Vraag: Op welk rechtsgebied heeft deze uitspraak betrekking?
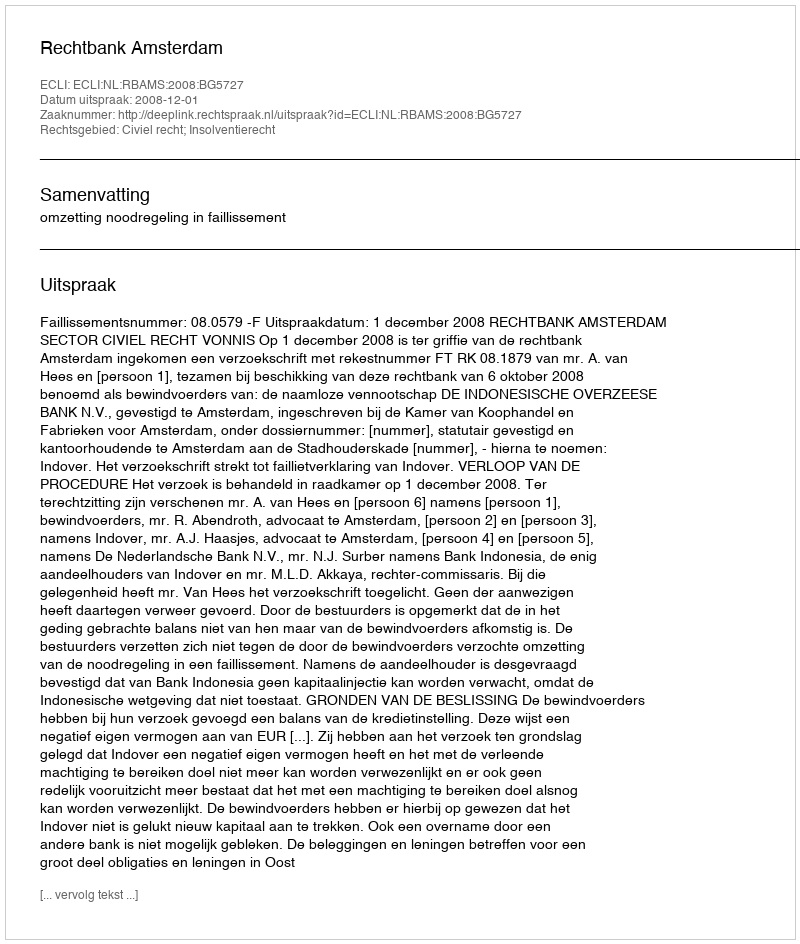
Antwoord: Civiel recht; Insolventierecht